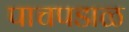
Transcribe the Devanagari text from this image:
पाचपडाळ